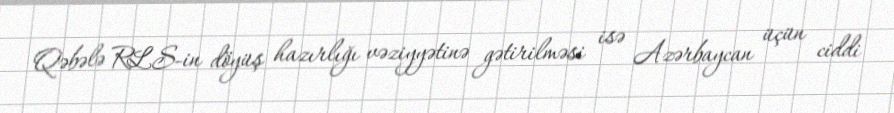
Qəbələ RLS-in döyüş hazırlığı vəziyyətinə gətirilməsi isə Azərbaycan üçün ciddi